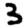
Digit: 3